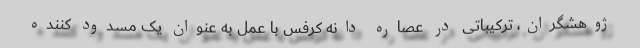
ژوهشگران، ترکیباتی در عصاره دانه کرفس با عمل به عنوان یک مسدود کننده